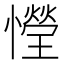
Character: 𢣙